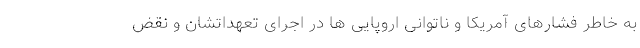
به خاطر فشارهای آمریکا و ناتوانی اروپایی ها در اجرای تعهداتشان و نقض